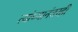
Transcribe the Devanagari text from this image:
त्यांच्यानंतरही